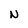
Character: N